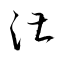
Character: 湛